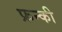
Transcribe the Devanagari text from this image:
फ्रन्की